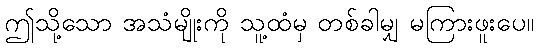
ဤသို့သော အသံမျိုးကို သူ့ထံမှ တစ်ခါမျှ မကြားဖူးပေ။